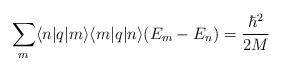
\begin{align*}\sum_{m}\langle n|q|m\rangle \langle m|q|n\rangle (E_{m} - E_{n}) = \frac{\hbar^{2}}{2M}\end{align*}